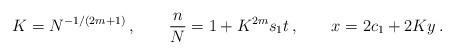
LaTeX: \begin{align*}K=N^{-1/(2m+1)}\,,\qquad \frac{n}{N} = 1 + K^{2m} s_1 t \,,\qquad x =2 c_1 + 2 K y\,.\end{align*}